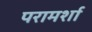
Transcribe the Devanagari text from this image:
परामर्शा